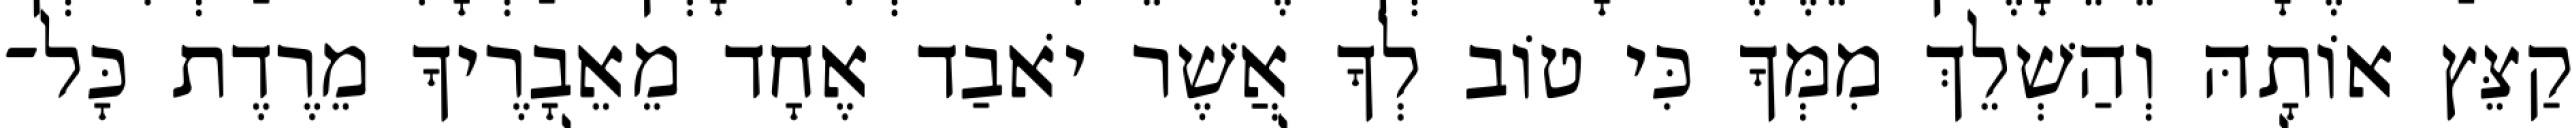
קַצֵּץ אוֹתָהּ וְהַשְׁלֵךְ מִמְּךָ כִּי טוֹב לְךָ אֲשֶׁר יֹאבַד אֶחָד מֵאֵבָרֶיךָ מֵרֶדֶת כָּל־